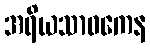
အရိယသာဝကေန